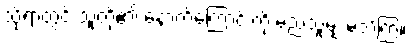
သို့ရာတွင် သူတို့၏ နောက်ကြောင်းကို မည်သူမျှ မသိကြ။